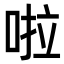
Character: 啦